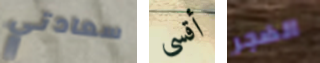
سعادتي أقسى الضجر